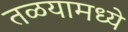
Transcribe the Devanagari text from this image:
तळयामध्ये